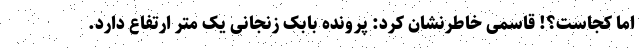
اما کجاست؟! قاسمی خاطرنشان کرد: پرونده بابک زنجانی یک متر ارتفاع دارد.